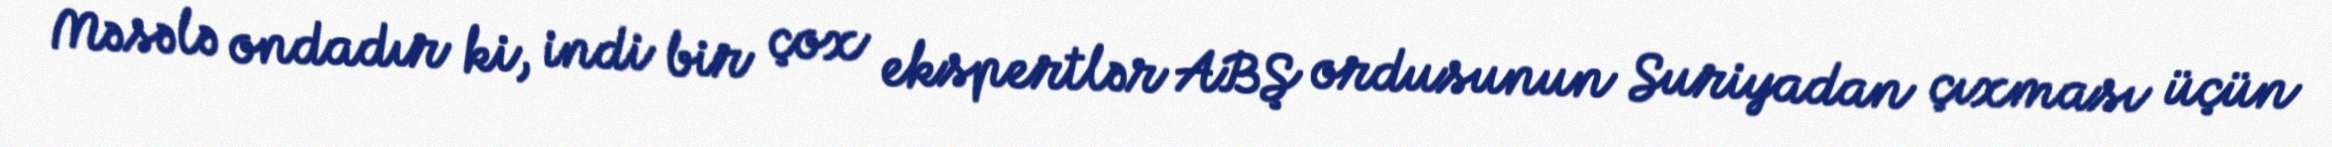
Məsələ ondadır ki, indi bir çox ekspertlər ABŞ ordusunun Suriyadan çıxması üçün